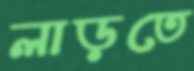
লাড়তে